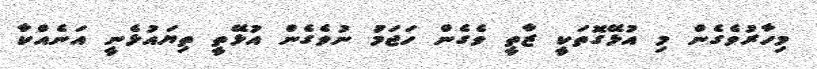
މިހާރުވެގެން މި އުޅޭގޮތަކީ ޒާތީ ވެގެން ހަޖަމަު ނުވެގެން އުޅޭތީ ތިޔައުޅެނީ އަނެއްކާ